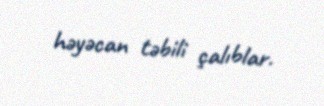
həyəcan təbili çalıblar.